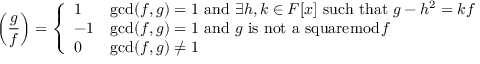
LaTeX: \left( { \frac { g } { f } } \right) = { \left\{ \begin{array} { l l } { 1 } & { \operatorname* { g c d } ( f , g ) = 1 { \mathrm { ~ a n d ~ } } \exists h , k \in F [ x ] { \mathrm { ~ s u c h ~ t h a t ~ } } g - h ^ { 2 } = k f } \\ { - 1 } & { \operatorname* { g c d } ( f , g ) = 1 { \mathrm { ~ a n d ~ } } g { \mathrm { ~ i s ~ n o t ~ a ~ s q u a r e } } { \bmod { f } } } \\ { 0 } & { \operatorname* { g c d } ( f , g ) \neq 1 } \end{array} \right. }